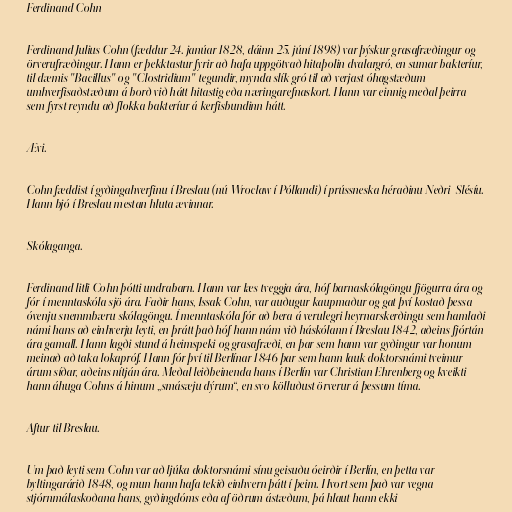
Ferdinand Cohn

Ferdinand Julius Cohn (fæddur 24. janúar 1828, dáinn 25. júní 1898) var þýskur grasafræðingur og
örverufræðingur. Hann er þekktastur fyrir að hafa uppgötvað hitaþolin dvalargró, en sumar bakteríur,
til dæmis "Bacillus" og "Clostridium" tegundir, mynda slík gró til að verjast óhagstæðum
umhverfisaðstæðum á borð við hátt hitastig eða næringarefnaskort. Hann var einnig meðal þeirra
sem fyrst reyndu að flokka bakteríur á kerfisbundinn hátt.

Ævi.

Cohn fæddist í gyðingahverfinu í Breslau (nú Wrocław í Póllandi) í prússneska héraðinu Neðri-Slésíu.
Hann bjó í Breslau mestan hluta ævinnar.

Skólaganga.

Ferdinand litli Cohn þótti undrabarn. Hann var læs tveggja ára, hóf barnaskólagöngu fjögurra ára og
fór í menntaskóla sjö ára. Faðir hans, Issak Cohn, var auðugur kaupmaður og gat því kostað þessa
óvenju snemmbæru skólagöngu. Í menntaskóla fór að bera á verulegri heyrnarskerðingu sem hamlaði
námi hans að einhverju leyti, en þrátt það hóf hann nám við háskólann í Breslau 1842, aðeins fjórtán
ára gamall. Hann lagði stund á heimspeki og grasafræði, en þar sem hann var gyðingur var honum
meinað að taka lokapróf. Hann fór því til Berlínar 1846 þar sem hann lauk doktorsnámi tveimur
árum síðar, aðeins nítján ára. Meðal leiðbeinenda hans í Berlín var Christian Ehrenberg og kveikti
hann áhuga Cohns á hinum „smásæju dýrum“, en svo kölluðust örverur á þessum tíma.

Aftur til Breslau.

Um það leyti sem Cohn var að ljúka doktorsnámi sínu geisuðu óeirðir í Berlín, en þetta var
byltingarárið 1848, og mun hann hafa tekið einhvern þátt í þeim. Hvort sem það var vegna
stjórnmálaskoðana hans, gyðingdóms eða af öðrum ástæðum, þá hlaut hann ekki